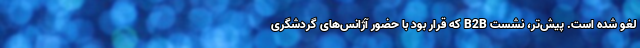
لغو شده است. پیش‌تر، نشست B2B که قرار بود با حضور آژانس‌های گردشگری